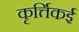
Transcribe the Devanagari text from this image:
कृर्त्तिकई